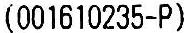
(001610235-P)